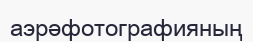
аэрәфотографияның